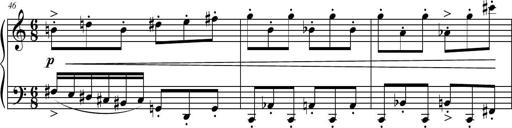
Title: Petite Sonatine
Composer: Richard St. Clair